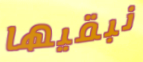
نبقيها